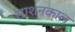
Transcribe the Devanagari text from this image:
साशनकाल